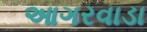
આગરવાડા